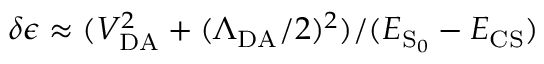
\delta \epsilon \approx ( V _ { \mathrm { D A } } ^ { 2 } + ( \Lambda _ { \mathrm { D A } } / 2 ) ^ { 2 } ) / ( E _ { \ensuremath { \mathrm { S } } _ { 0 } } - E _ { \mathrm { C S } } )